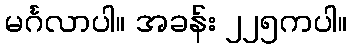
မင်္ဂလာပါ။ အခန်း ၂၂၅ကပါ။